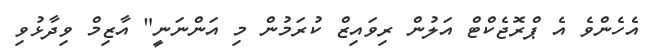
އެހެންވެ އެ ޕްރޮޖެކްޓް އަލުން ރިވައިޒް ކުރަމުން މި އަންނަނީ" އާޒިމް ވިދާޅުވި